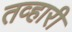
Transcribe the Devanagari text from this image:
तव्हारी